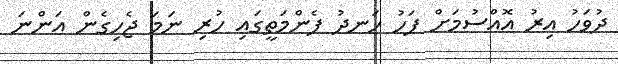
ދުވަހު އިރު އޮއްސުމަށް ފަހު ހަނދު ފެންމަތީގައި ހުރި ނަމަ ޖެހިގެން އަންނަ